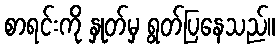
စာရင်းကို နှုတ်မှ ရွတ်ပြနေသည်။